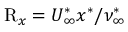
\mathrm { R } _ { x } = U _ { \infty } ^ { \ast } x ^ { \ast } / \nu _ { \infty } ^ { \ast }